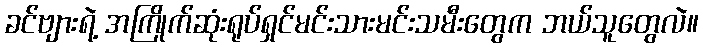
ခင်ဗျားရဲ့ အကြိုက်ဆုံးရုပ်ရှင်မင်းသားမင်းသမီးတွေက ဘယ်သူတွေလဲ။